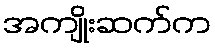
အကျိုးဆက်က